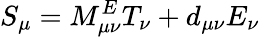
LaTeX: S_{\mu}=M_{\mu\nu}^{E}T_{\nu}+d_{\mu\nu}E_{\nu}